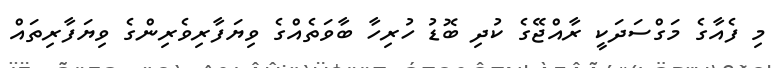
މި ފެއާގެ މަގްސަދަކީ ރާއްޖޭގެ ކުދި ބޮޑު ހުރިހާ ބާވަތެއްގެ ވިޔަފާރިވެރިންގެ ވިޔަފާރިތައް